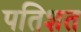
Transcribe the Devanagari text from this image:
पतिशत